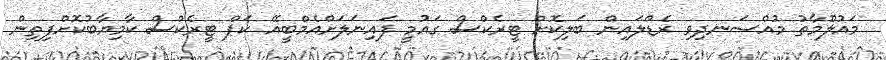
މައުލޫމާތު މުއްސަނދިވި ރެޑްލައިން ބަލިކޮށް ޓީރެކްސް ގައުމީ ފައިނަލަށްއެމްބީއޭ ކަޕް ޓީރެކްސް ކާމިޔާބުކޮށްފިތިން